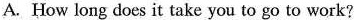
A. How long does it take you to go to work?